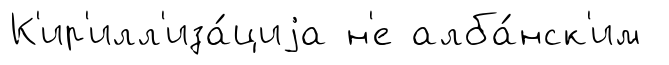
К'ир'илл'иза́циjа н'е алба́нск'им